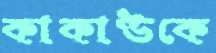
কাকাউকে